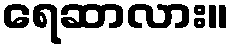
ရေဆာလား။